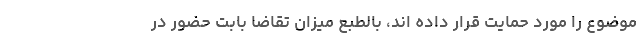
موضوع را مورد حمایت قرار داده اند، بالطبع میزان تقاضا بابت حضور در